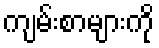
ကျမ်းစာများကို